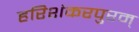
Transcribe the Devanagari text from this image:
हरिशंकरपुरम्